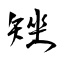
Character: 矬